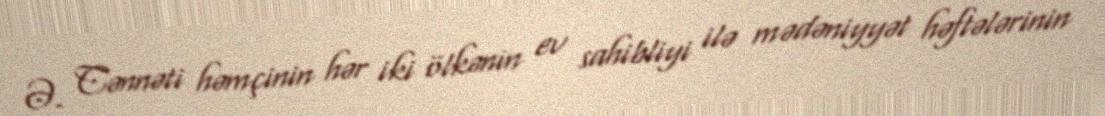
Ə. Cənnəti həmçinin hər iki ölkənin ev sahibliyi ilə mədəniyyət həftələrinin